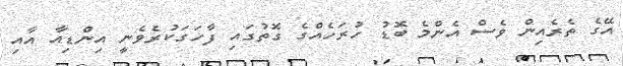
އޭގެ ތެރެއިން ވެސް އެންމެ ބޮޑު ހުރަހެއްގެ ގޮތުގައި ފާހަގަކުރެވެނީ އިންޑިއާ އާއި